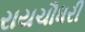
રાયચૌધરી